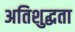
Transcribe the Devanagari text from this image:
अतिशुद्धता